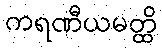
ကရဏီယမတ္ထိ